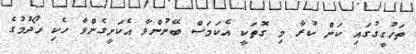
ތަހުގީގުގައި ކަން ކުރާ މި ގޮތަކީ އެކަމަސް ބޭނުންވާ އެކަށީގެންވާ ހެކި ހޯދުމުގެ